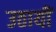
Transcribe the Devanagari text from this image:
उठायीं